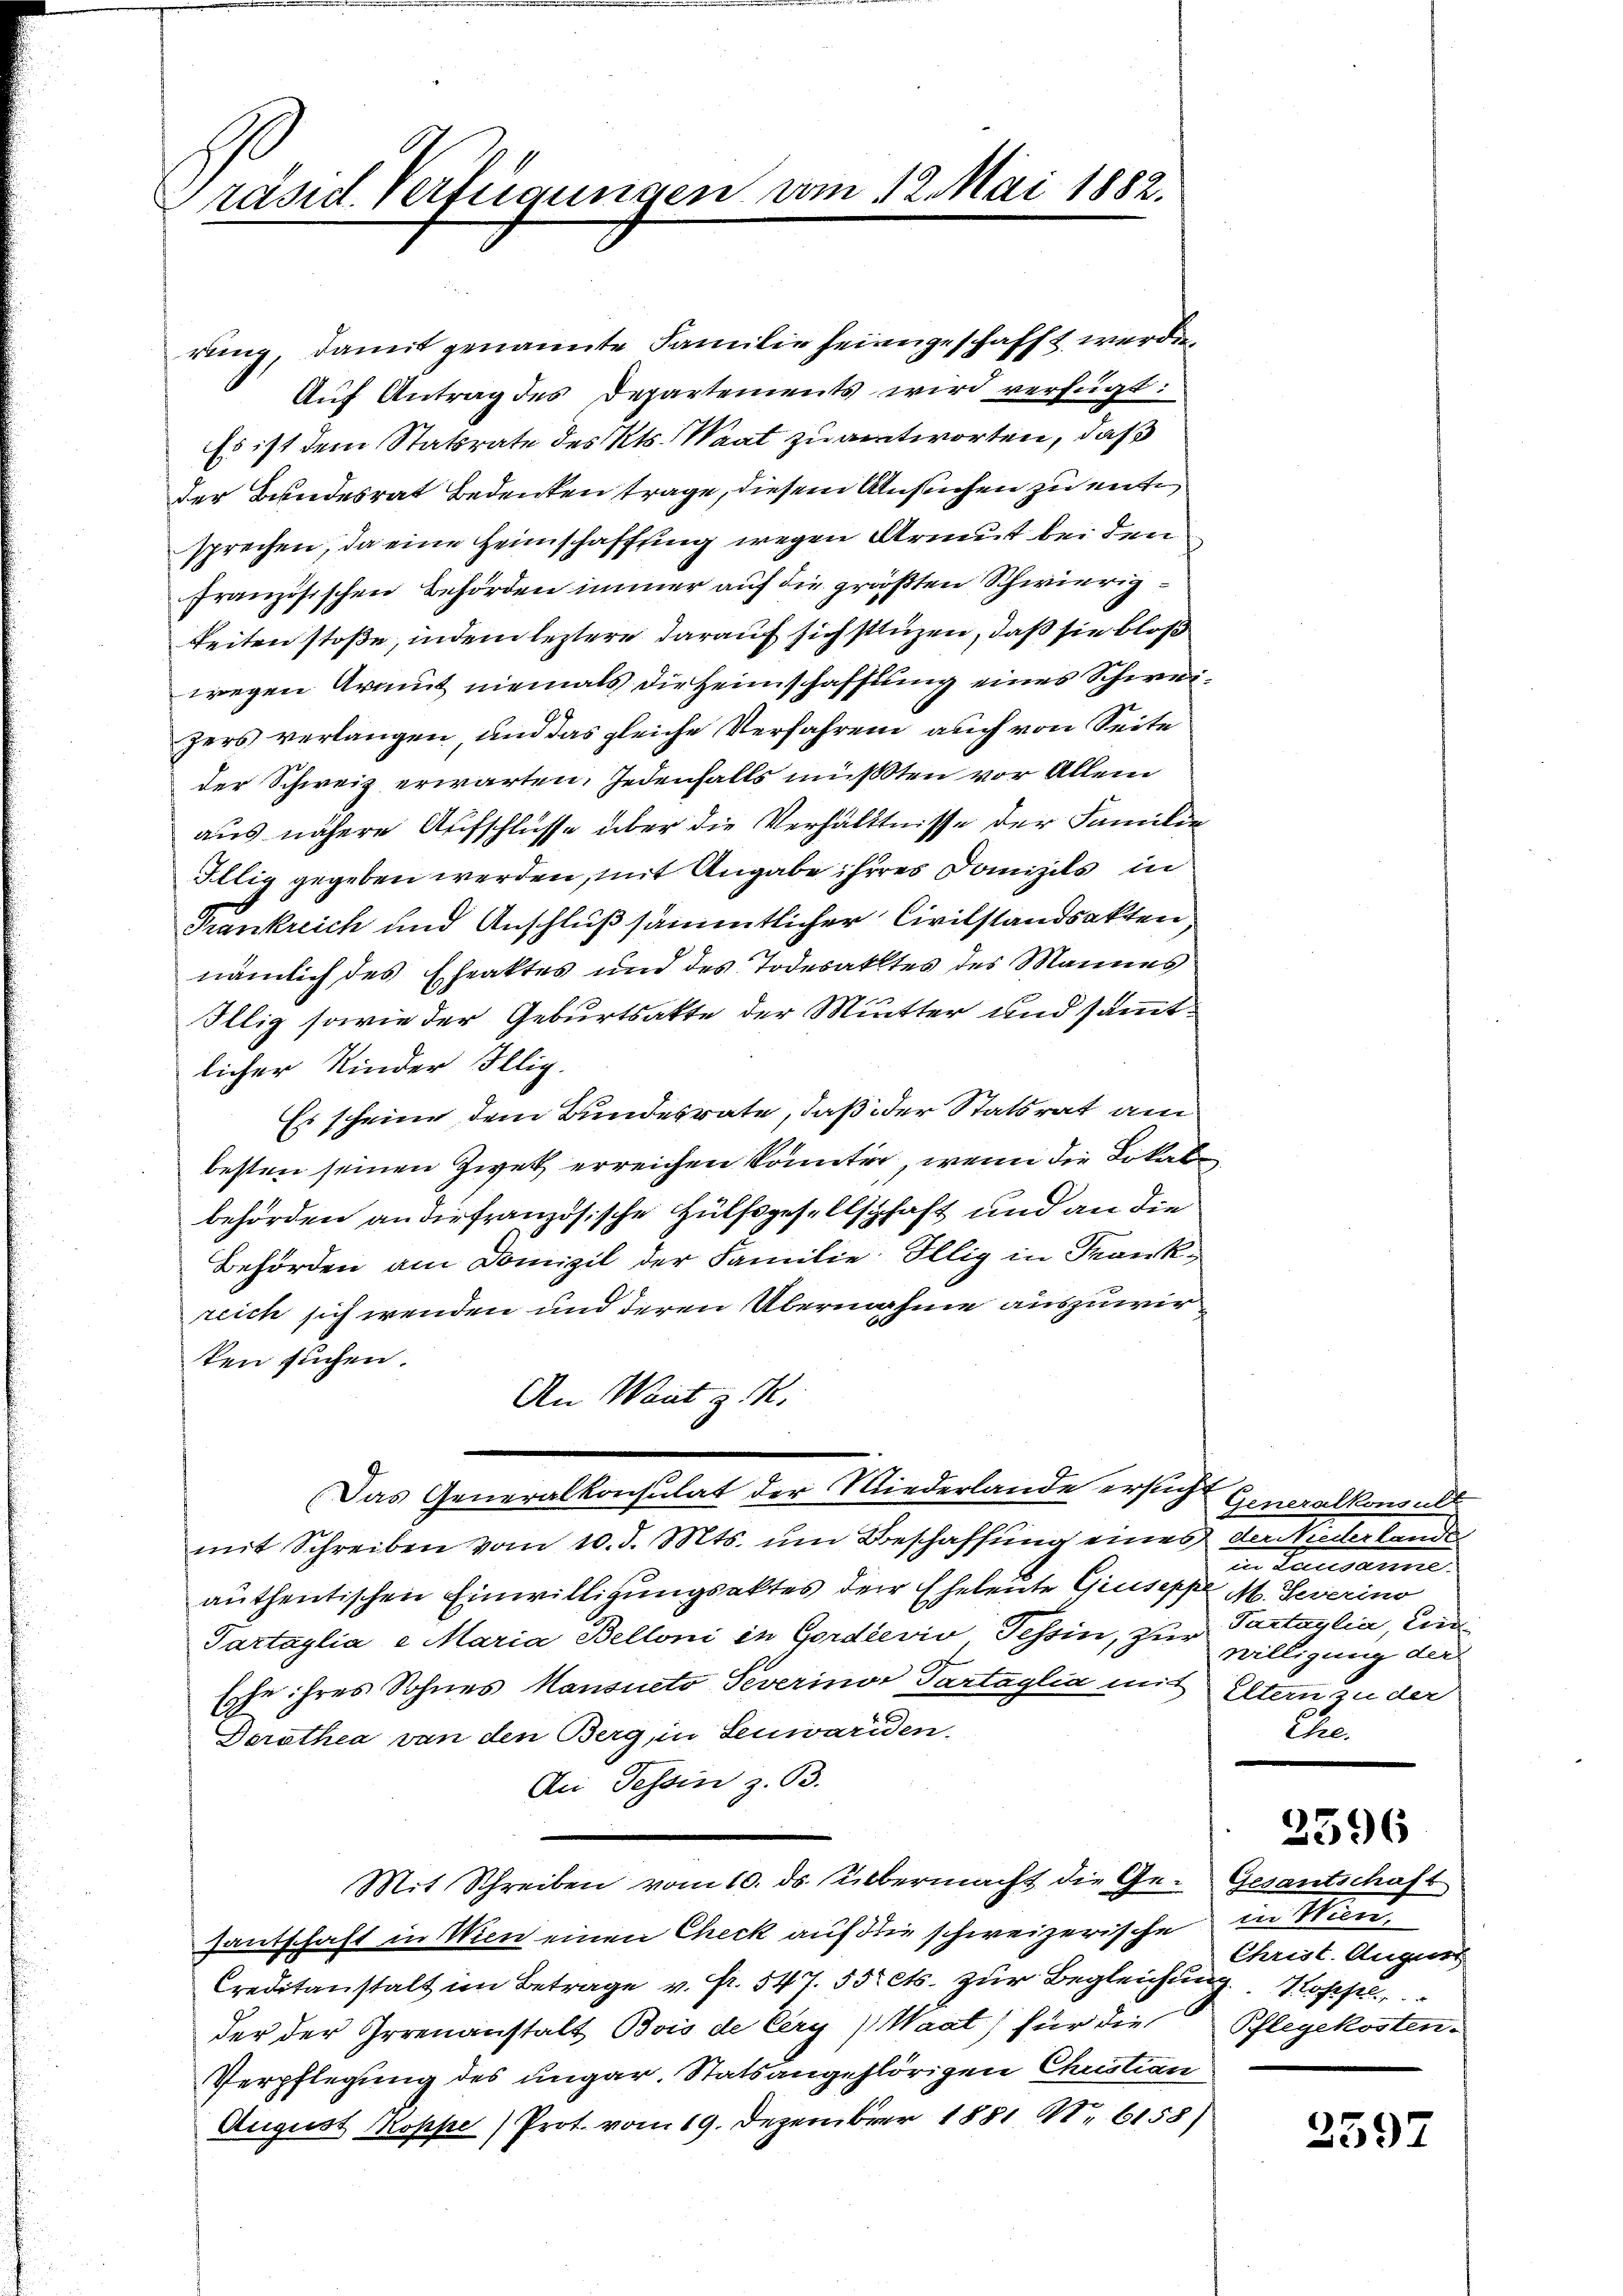
räsid. Verfügungen vom 12. Mai 1882.

rung, damit genannte Familie heimgeschafft werde.
Auf Antrag des Departements wird verfügt:
Es ist dem Statsrate des Kts. Waat zu antworten, daß
der Bundesrat Bedenken trage, diesem Ansuchen zu ente
sprechen, da eine Heimschaffung wegen Armut bei den
französischen Behörden immer auf die größten Schwierigkeiten stoße, indem leztere darauf sich stüzen, daß sie bloß
wegen Armut niemals die Heimschaffung eines Schweizers verlangen, und das gleiche Verfahren auch von Seite
der Schweiz erwarten. Jedenfalls müßten vor Allem
aus nähere Aufschlüsse über die Verhältnisse der Familie
Illig gegeben werden, mit Angabe ihres Domizils in
Frankreich und Anschluß sämmtlicher Civilstandsakten
nämlich des Eheaktes und des Todesaktes des Mannes
Illig sowie der Geburtsakte der Mutter und sammtlicher Kinder Illig.
Es scheine dem Bundesrate, daß der Statsrat am
besten seinen Zwek erreichen könnten, wenn die Dikale
behörden an die französische Hülfsgesellschaft und an die
Behörden am Domizil der Familie. Illig in Frankreich sich wenden und deren Übernahme auszuwirken suchen.
An Want z. R.
(Das Generalkonsulat der Niederlande ersucht
mit Schreiben vom 10. d. Mts. um Beschaffung eines der Niederlande
authentischen Einwilligungsaktes der Eheleute Giuseppe M. Severino
Tartaglia e Maria Belloni in Gordlevio Tessin, zur willigung des
Esse ihres Sohnes Hansueto Peverinor Partaglia mit Eltern zu der
Derathea von den Berg, in Senwariden.
An Tessin z. B.
Mit Schreiben vom 10. ds. Uebermacht die Gesantschaft in Wien einen Check auf die schweizerische
Creditanstalt im Betrage v. fr. 544 550 cts. zur Begleichung. Kopf
der der Irrenanstalt Bois de Cery (Waat) für die
Verpflegung des ungar. Statsangehörigen Christian
August Koppe) Prot. vom 19. Dezember 1881 N. 6158)

Generalkonsult
in Verlesen eine
Tartaglia, Erd
Ehe.

2596

Gesantschaft
in Man
Christ. August
Pflegekosten.

2597